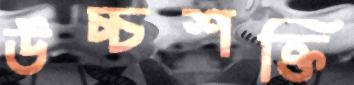
উচ্চশক্তি